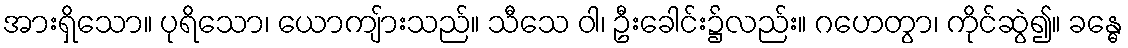
အားရှိသော။ ပုရိသော၊ ယောကျ်ားသည်။ သီသေ ဝါ၊ ဦးခေါင်း၌လည်း။ ဂဟေတွာ၊ ကိုင်ဆွဲ၍။ ခန္ဓေ